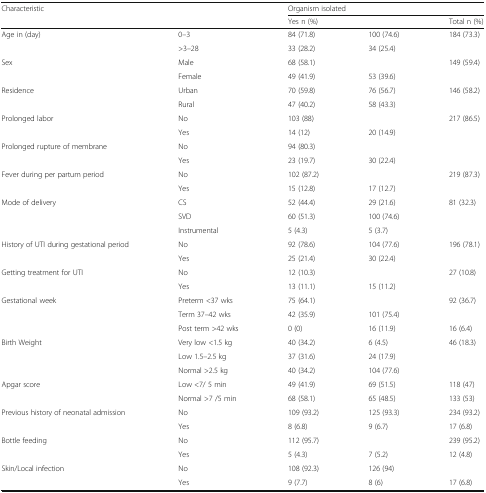
<table><thead><tr><td colspan="2"><b>Characteristic</b></td><td colspan="3"><b>Organism isolated</b></td></tr><tr><td colspan="2">[EMPTY_CELL]</td><td><b>Yes n (%)</b></td><td>[EMPTY_CELL]</td><td><b>Total n (%)</b></td></tr></thead><tbody><tr><td rowspan="2">Age in (day)</td><td>0–3</td><td>84 (71.8)</td><td>100 (74.6)</td><td>184 (73.3)</td></tr><tr><td>&gt;3–28</td><td>33 (28.2)</td><td>34 (25.4)</td><td>[EMPTY_CELL]</td></tr><tr><td rowspan="2">Sex</td><td>Male</td><td>68 (58.1)</td><td>[EMPTY_CELL]</td><td>149 (59.4)</td></tr><tr><td>Female</td><td>49 (41.9)</td><td>53 (39.6)</td><td>[EMPTY_CELL]</td></tr><tr><td rowspan="2">Residence</td><td>Urban</td><td>70 (59.8)</td><td>76 (56.7)</td><td>146 (58.2)</td></tr><tr><td>Rural</td><td>47 (40.2)</td><td>58 (43.3)</td><td>[EMPTY_CELL]</td></tr><tr><td rowspan="2">Prolonged labor</td><td>No</td><td>103 (88)</td><td>[EMPTY_CELL]</td><td>217 (86.5)</td></tr><tr><td>Yes</td><td>14 (12)</td><td>20 (14.9)</td><td>[EMPTY_CELL]</td></tr><tr><td rowspan="2">Prolonged rupture of membrane</td><td>No</td><td>94 (80.3)</td><td>[EMPTY_CELL]</td><td>[EMPTY_CELL]</td></tr><tr><td>Yes</td><td>23 (19.7)</td><td>30 (22.4)</td><td>[EMPTY_CELL]</td></tr><tr><td rowspan="2">Fever during per partum period</td><td>No</td><td>102 (87.2)</td><td>[EMPTY_CELL]</td><td>219 (87.3)</td></tr><tr><td>Yes</td><td>15 (12.8)</td><td>17 (12.7)</td><td>[EMPTY_CELL]</td></tr><tr><td rowspan="3">Mode of delivery</td><td>CS</td><td>52 (44.4)</td><td>29 (21.6)</td><td>81 (32.3)</td></tr><tr><td>SVD</td><td>60 (51.3)</td><td>100 (74.6)</td><td>[EMPTY_CELL]</td></tr><tr><td>Instrumental</td><td>5 (4.3)</td><td>5 (3.7)</td><td>[EMPTY_CELL]</td></tr><tr><td rowspan="2">History of UTI during gestational period</td><td>No</td><td>92 (78.6)</td><td>104 (77.6)</td><td>196 (78.1)</td></tr><tr><td>Yes</td><td>25 (21.4)</td><td>30 (22.4)</td><td>[EMPTY_CELL]</td></tr><tr><td rowspan="2">Getting treatment for UTI</td><td>No</td><td>12 (10.3)</td><td>[EMPTY_CELL]</td><td>27 (10.8)</td></tr><tr><td>Yes</td><td>13 (11.1)</td><td>15 (11.2)</td><td>[EMPTY_CELL]</td></tr><tr><td rowspan="3">Gestational week</td><td>Preterm &lt;37 wks</td><td>75 (64.1)</td><td>[EMPTY_CELL]</td><td>92 (36.7)</td></tr><tr><td>Term 37–42 wks</td><td>42 (35.9)</td><td>101 (75.4)</td><td>[EMPTY_CELL]</td></tr><tr><td>Post term &gt;42 wks</td><td>0 (0)</td><td>16 (11.9)</td><td>16 (6.4)</td></tr><tr><td rowspan="3">Birth Weight</td><td>Very low &lt;1.5 kg</td><td>40 (34.2)</td><td>6 (4.5)</td><td>46 (18.3)</td></tr><tr><td>Low 1.5–2.5 kg</td><td>37 (31.6)</td><td>24 (17.9)</td><td>[EMPTY_CELL]</td></tr><tr><td>Normal &gt;2.5 kg</td><td>40 (34.2)</td><td>104 (77.6)</td><td>[EMPTY_CELL]</td></tr><tr><td rowspan="2">Apgar score</td><td>Low &lt;7/ 5 min</td><td>49 (41.9)</td><td>69 (51.5)</td><td>118 (47)</td></tr><tr><td>Normal &gt;7 /5 min</td><td>68 (58.1)</td><td>65 (48.5)</td><td>133 (53)</td></tr><tr><td rowspan="2">Previous history of neonatal admission</td><td>No</td><td>109 (93.2)</td><td>125 (93.3)</td><td>234 (93.2)</td></tr><tr><td>Yes</td><td>8 (6.8)</td><td>9 (6.7)</td><td>17 (6.8)</td></tr><tr><td rowspan="2">Bottle feeding</td><td>No</td><td>112 (95.7)</td><td>[EMPTY_CELL]</td><td>239 (95.2)</td></tr><tr><td>Yes</td><td>5 (4.3)</td><td>7 (5.2)</td><td>12 (4.8)</td></tr><tr><td rowspan="2">Skin/Local infection</td><td>No</td><td>108 (92.3)</td><td>126 (94)</td><td>[EMPTY_CELL]</td></tr><tr><td>Yes</td><td>9 (7.7)</td><td>8 (6)</td><td>17 (6.8)</td></tr></tbody></table>